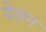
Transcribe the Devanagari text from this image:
पेसन